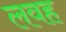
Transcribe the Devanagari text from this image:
लवह